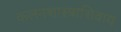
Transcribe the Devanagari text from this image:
कलनशास्त्राशिवाय